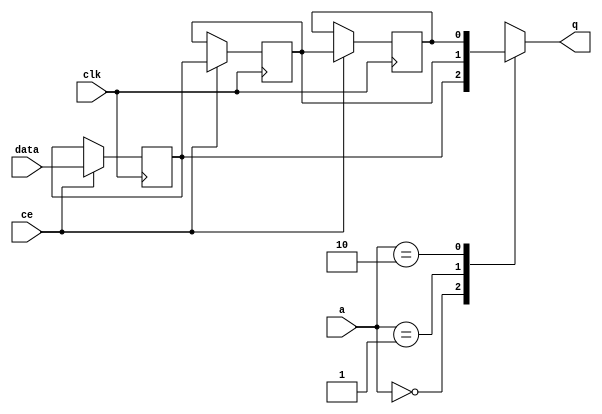
// ==============================================================
// Vitis HLS - High-Level Synthesis from C, C++ and OpenCL v2022.1 (64-bit)
// Tool Version Limit: 2022.04
// Copyright 1986-2022 Xilinx, Inc. All Rights Reserved.
// ==============================================================

`timescale 1 ns / 1 ps

module userdma_fifo_w1_d3_S_shiftReg (
    clk,
    data,
    ce,
    a,
    q);

parameter DATA_WIDTH = 32'd1;
parameter ADDR_WIDTH = 32'd2;
parameter DEPTH = 3'd3;

input clk;
input [DATA_WIDTH-1:0] data;
input ce;
input [ADDR_WIDTH-1:0] a;
output [DATA_WIDTH-1:0] q;

reg[DATA_WIDTH-1:0] SRL_SIG [0:DEPTH-1];
integer i;

always @ (posedge clk)
    begin
        if (ce)
        begin
            for (i=0;i<DEPTH-1;i=i+1)
                SRL_SIG[i+1] <= SRL_SIG[i];
            SRL_SIG[0] <= data;
        end
    end

assign q = SRL_SIG[a];

endmodule

module userdma_fifo_w1_d3_S (
    clk,
    reset,
    if_num_data_valid,
    if_fifo_cap,
    if_empty_n,
    if_read_ce,
    if_read,
    if_dout,
    if_full_n,
    if_write_ce,
    if_write,
    if_din);

parameter MEM_STYLE   = "shiftreg";
parameter DATA_WIDTH  = 32'd1;
parameter ADDR_WIDTH  = 32'd2;
parameter DEPTH       = 3'd3;

input clk;
input reset;
output if_empty_n;
input if_read_ce;
input if_read;
output wire [ADDR_WIDTH:0] if_num_data_valid;
output wire [ADDR_WIDTH:0] if_fifo_cap;
output[DATA_WIDTH - 1:0] if_dout;
output if_full_n;
input if_write_ce;
input if_write;
input[DATA_WIDTH - 1:0] if_din;

wire[ADDR_WIDTH - 1:0] shiftReg_addr ;
wire[DATA_WIDTH - 1:0] shiftReg_data, shiftReg_q;
wire                     shiftReg_ce;
reg[ADDR_WIDTH:0] mOutPtr = ~{(ADDR_WIDTH+1){1'b0}};
reg internal_empty_n = 0;
reg internal_full_n = 1;

assign if_full_n = internal_full_n;
assign if_empty_n = internal_empty_n;
assign shiftReg_data = if_din;
assign if_dout = shiftReg_q;

always @ (posedge clk) begin
    if (reset == 1'b1)
    begin
        mOutPtr <= ~{ADDR_WIDTH+1{1'b0}};
        internal_empty_n <= 1'b0;
        internal_full_n <= 1'b1;
    end
    else begin
        if (((if_read & if_read_ce) == 1 & internal_empty_n == 1) && 
            ((if_write & if_write_ce) == 0 | internal_full_n == 0))
        begin
            mOutPtr <= mOutPtr - 3'd1;
            if (mOutPtr == 3'd0)
                internal_empty_n <= 1'b0;
            internal_full_n <= 1'b1;
        end 
        else if (((if_read & if_read_ce) == 0 | internal_empty_n == 0) && 
            ((if_write & if_write_ce) == 1 & internal_full_n == 1))
        begin
            mOutPtr <= mOutPtr + 3'd1;
            internal_empty_n <= 1'b1;
            if (mOutPtr == DEPTH - 3'd2)
                internal_full_n <= 1'b0;
        end 
    end
end

assign shiftReg_addr = mOutPtr[ADDR_WIDTH] == 1'b0 ? mOutPtr[ADDR_WIDTH-1:0]:{ADDR_WIDTH{1'b0}};
assign shiftReg_ce = (if_write & if_write_ce) & internal_full_n;
assign if_num_data_valid = mOutPtr + 1'b1;
assign if_fifo_cap = DEPTH;

userdma_fifo_w1_d3_S_shiftReg 
#(
    .DATA_WIDTH(DATA_WIDTH),
    .ADDR_WIDTH(ADDR_WIDTH),
    .DEPTH(DEPTH))
U_userdma_fifo_w1_d3_S_ram (
    .clk(clk),
    .data(shiftReg_data),
    .ce(shiftReg_ce),
    .a(shiftReg_addr),
    .q(shiftReg_q));

endmodule